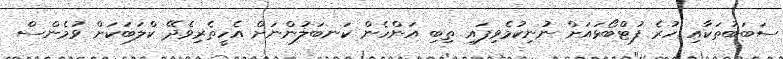
ސަބަބުތަކާއި ހުރެ ފުޓްބޯޅައަށް ނުނިކުމެވިފައި ތިބި އަންހެން ކަނބަލުންނަށް އެހީތެރިވެދޭ ކްލަބަކަށް ވުމެންސް